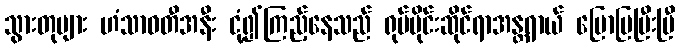
သွားတုများ ဟံသာဝတီအနီး ငုံ့၍ကြည့်နေသည် ရုပ်ပိုင်းဆိုင်ရာအန္တရာယ် ပြောပြပြီးပြီ